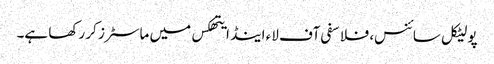
پولیٹکل سائنس، فلاسفی آف لاء اینڈ ایتھکس میں ماسٹرز کر رکھا ہے۔